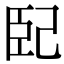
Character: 𭘍